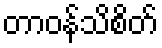
တာဝန်သိစိတ်